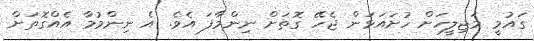
ގައުމީ މަޖިލީހަށް ހުށައަަޅަން ޖެހޭ ގޮތަށް ނިންމާފަ އެވެ. އެ ނިންމުމާ އެއްގޮތަށް